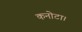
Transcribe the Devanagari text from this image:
कनोटा।